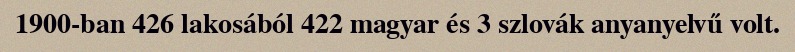
1900-ban 426 lakosából 422 magyar és 3 szlovák anyanyelvű volt.